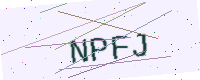
Text: NPFJ